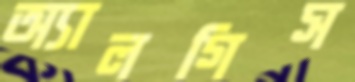
অ্যালগিস